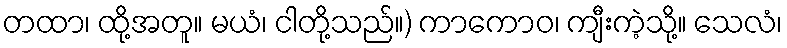
တထာ၊ ထို့အတူ။ မယံ၊ ငါတို့သည်။) ကာကောဝ၊ ကျီးကဲ့သို့။ သေလံ၊